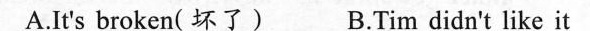
A.It's broken( 坏了) B.Tim didn't like it